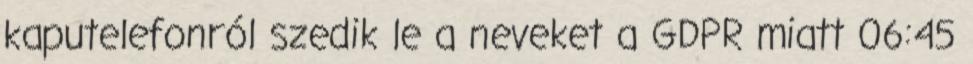
kaputelefonról szedik le a neveket a GDPR miatt 06:45